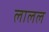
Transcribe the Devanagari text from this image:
लालल